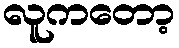
လူကတော့